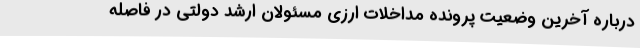
درباره آخرین وضعیت پرونده مداخلات ارزی مسئولان ارشد دولتی در فاصله